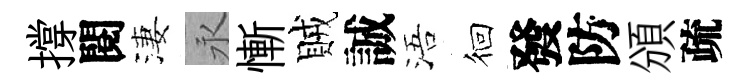
撐閱淒永慚賊誠浯徊發防頒疏